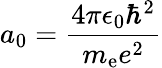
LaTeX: a_{0}={\frac{4\pi\epsilon_{0}\hbar^{2}}{m_{\mathrm{e}}e^{2}}}